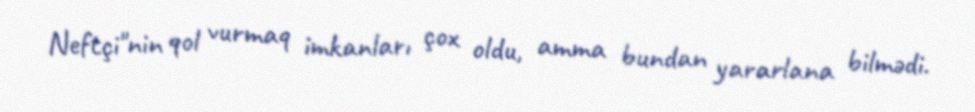
Neftçi"nin qol vurmaq imkanları çox oldu, amma bundan yararlana bilmədi.